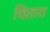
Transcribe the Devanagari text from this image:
चितारा